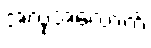
အလုံအလောက်